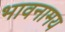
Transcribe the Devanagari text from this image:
भावनामय